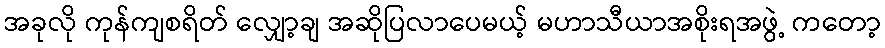
အခုလို ကုန်ကျစရိတ် လျှော့ချ အဆိုပြလာပေမယ့် မဟာသီယာအစိုးရအဖွဲ့ ကတော့